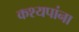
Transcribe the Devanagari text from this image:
कश्यपांना